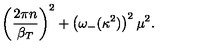
\left( \frac { 2 \pi n } { \beta _ { T } } \right) ^ { 2 } + \left( \omega _ { - } ( \kappa ^ { 2 } ) \right) ^ { 2 } \mu ^ { 2 } .